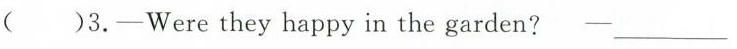
( )3.-Were they happy in the garden? -______